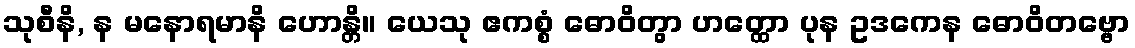
သုစီနိ, န မနောရမာနိ ဟောန္တိ။ ယေသု ဧကစ္စံ ဓောဝိတွာ ဟတ္ထော ပုန ဥဒကေန ဓောဝိတဗ္ဗော